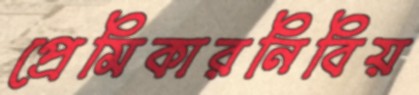
প্রেমিকারনিবিয়